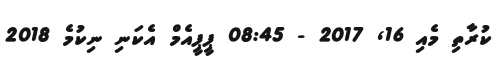
ކުރާތި މެއި 16